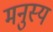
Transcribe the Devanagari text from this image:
मनुस्य